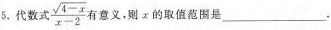
5.代数式\frac{ \sqrt{4-x}}{x-2}有意义，则x的取值范围是___.